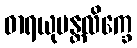
ဓာရယုမန္တလိက္ခေ